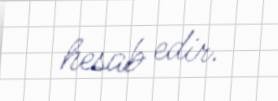
hesab edir.